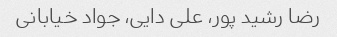
رضا رشید پور، علی دایی، جواد خیابانی